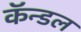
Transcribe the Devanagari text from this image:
कॅन्डल